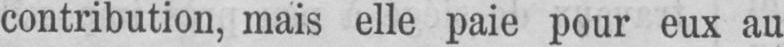
contribution, mais elle paie pour eux au